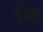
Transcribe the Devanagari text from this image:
बेंच्ता